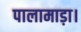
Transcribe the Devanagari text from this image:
पालामाड़ा।